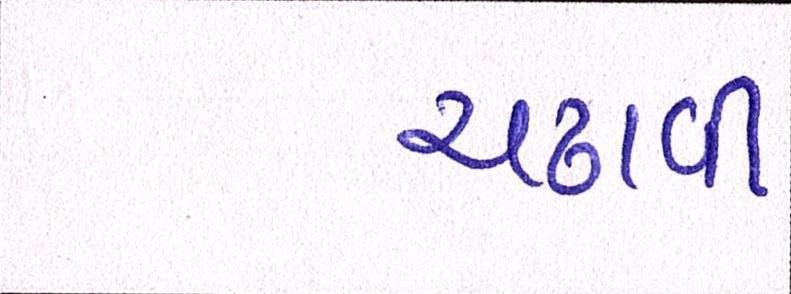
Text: ચઢાવી